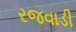
રજવાડી